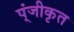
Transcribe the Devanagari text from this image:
प्ंजीकृत